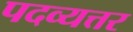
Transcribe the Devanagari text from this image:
पदव्यत्तर